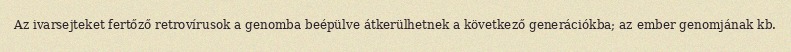
Az ivarsejteket fertőző retrovírusok a genomba beépülve átkerülhetnek a következő generációkba; az ember genomjának kb.